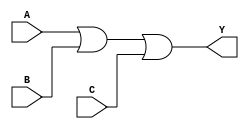
module three_input_or_gate(
    input A,
    input B,
    input C,
    output Y
);

assign Y = A | B | C;

endmodule